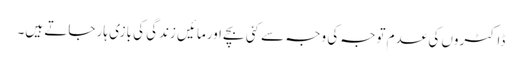
ڈاکٹروں کی عدم توجہ کی وجہ سے کئی بچے اورمائیں زندگی کی بازی ہار جاتے ہیں۔